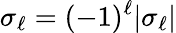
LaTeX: \sigma_{\ell}=(-1)^{\ell}|\sigma_{\ell}|